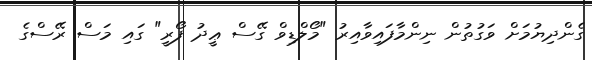
ގެންދިޔުމަށް ވަގުތުން ނިންމާފައިވާއިރު "މޯލްޑިވް ގޭސް ޢީދު ފޯރީ" ގައި މަސް ރޭސްގެ